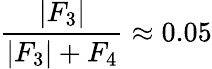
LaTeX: \frac{\left|F_{3}\right|}{\left|F_{3}\right|+F_{4}}\approx 0.05